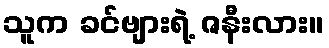
သူက ခင်ဗျားရဲ့ ဇနီးလား။